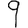
Digit: 9